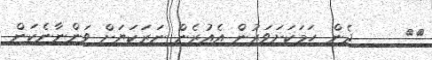
١٦     ދެން ހަމަކަށަވަރުން އެއުރެން ނަރަކަޔަށް ވަންނާނެކަން